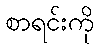
စာရင်းကို